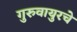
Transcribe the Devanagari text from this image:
गुरुवायुरचे